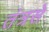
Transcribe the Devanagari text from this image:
तंत्रसे